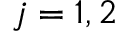
j = 1 , 2